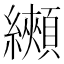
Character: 𦇦